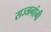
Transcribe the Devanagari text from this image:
सज्जनांनी